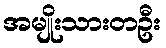
အမျိုးသားတဦး